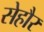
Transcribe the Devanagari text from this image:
सेहौर